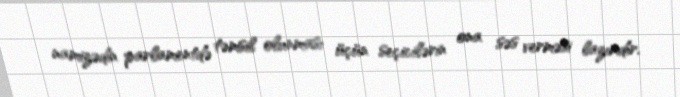
namizədin parlamentdə təmsil olunması üçün seçicilərin ona səs verməsi lazımdır.